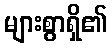
များစွာရှိ၏